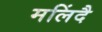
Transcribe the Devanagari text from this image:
मलिंदै